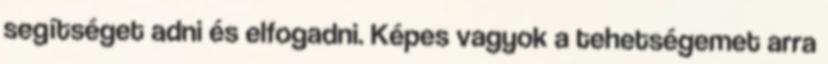
segítséget adni és elfogadni. Képes vagyok a tehetségemet arra